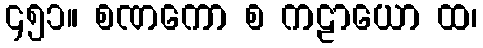
၄၅၁။ စဏကော စ ကဠာယော ထ၊